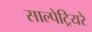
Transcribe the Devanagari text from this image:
साल्पेट्रियरे